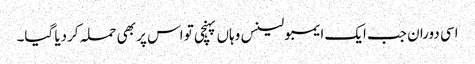
اسی دوران جب ایک ایمبولینس وہاں پہنچی تو اس پر بھی حملہ کردیا گیا۔